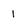
Character: 1